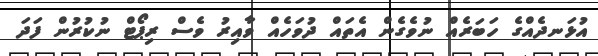
އުޅަނދެއްގެ ހަބަރެއް ނުވެގެން އެތައް ދުވަހެއް ވާއިރު ވެސް ރިޕޯޓް ނުކުރުން ފަދަ